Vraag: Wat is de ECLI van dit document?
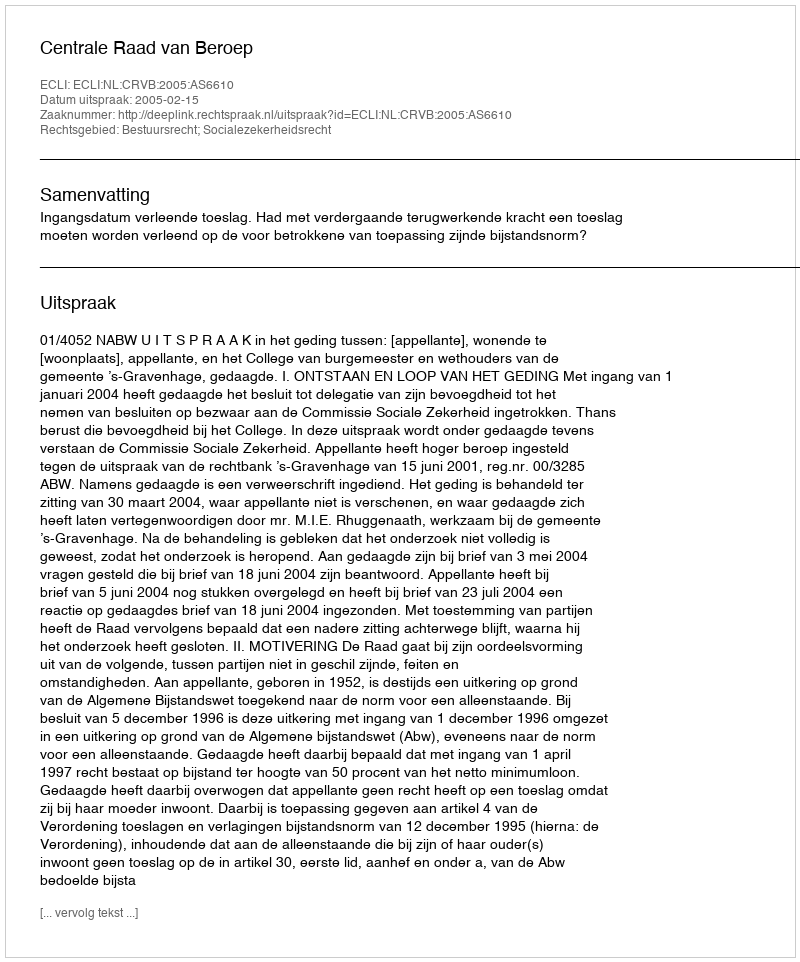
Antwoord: ECLI:NL:CRVB:2005:AS6610